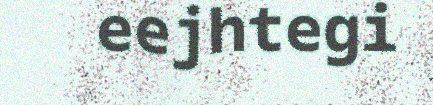
eejhtegi